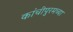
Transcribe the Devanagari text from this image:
कांचीपुरमच्या